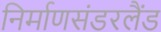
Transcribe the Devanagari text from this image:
निर्माणसंडरलैंड